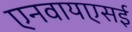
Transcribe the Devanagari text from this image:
एनवायएसई